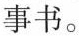
事书。